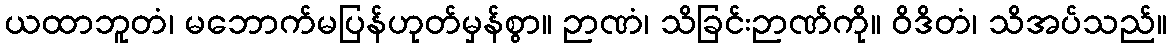
ယထာဘူတံ၊ မဘောက်မပြန်ဟုတ်မှန်စွာ။ ဉာဏံ၊ သိခြင်းဉာဏ်ကို။ ဝိဒိတံ၊ သိအပ်သည်။